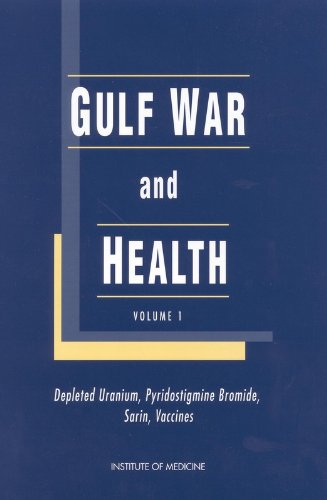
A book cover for Gulf War and Health, Volume 1: Depleted Uranium, Pyridostigmine Bromide, Sarin, Vaccines; Committee on Health Effects Associated with Exposures During the Gulf War; History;